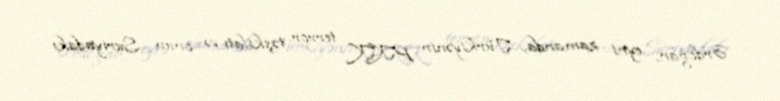
Ərdoğan, eyni zamanda, Türkiyənin PKK terror təşkilatı və onun Suriyadakı